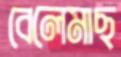
বেলেমাছ